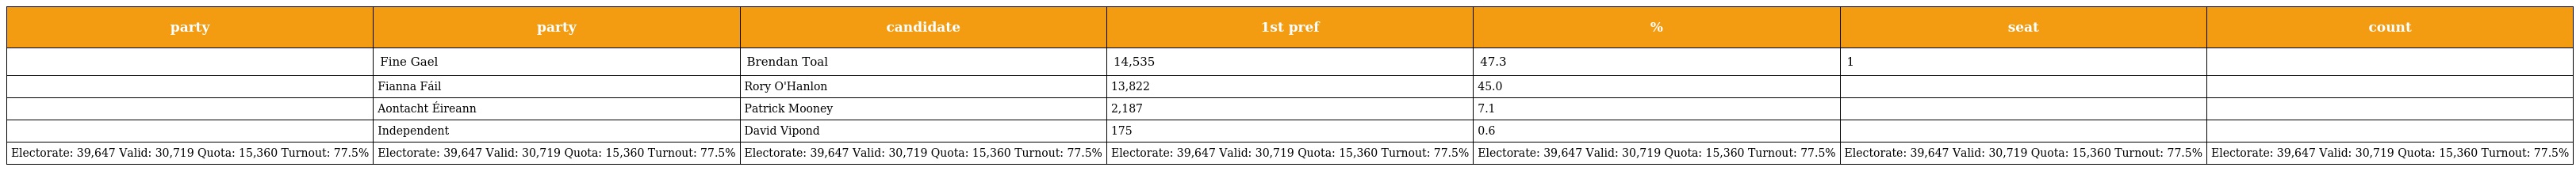
| party | party | candidate | 1st pref | % | seat | count |
 | --- | --- | --- | --- | --- | --- | --- |
 |  | Fine Gael | Brendan Toal | 14,535 | 47.3 | 1 |  |
 |  | Fianna Fáil | Rory O'Hanlon | 13,822 | 45.0 |  |  |
 |  | Aontacht Éireann | Patrick Mooney | 2,187 | 7.1 |  |  |
 |  | Independent | David Vipond | 175 | 0.6 |  |  |
 | Electorate: 39,647 Valid: 30,719 Quota: 15,360 Turnout: 77.5% | Electorate: 39,647 Valid: 30,719 Quota: 15,360 Turnout: 77.5% | Electorate: 39,647 Valid: 30,719 Quota: 15,360 Turnout: 77.5% | Electorate: 39,647 Valid: 30,719 Quota: 15,360 Turnout: 77.5% | Electorate: 39,647 Valid: 30,719 Quota: 15,360 Turnout: 77.5% | Electorate: 39,647 Valid: 30,719 Quota: 15,360 Turnout: 77.5% | Electorate: 39,647 Valid: 30,719 Quota: 15,360 Turnout: 77.5% |